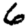
Digit: 6